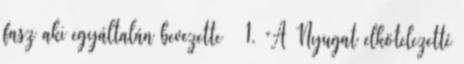
fasz aki egyáltalán bevezette 1. “A Nyugat elkötelezetté